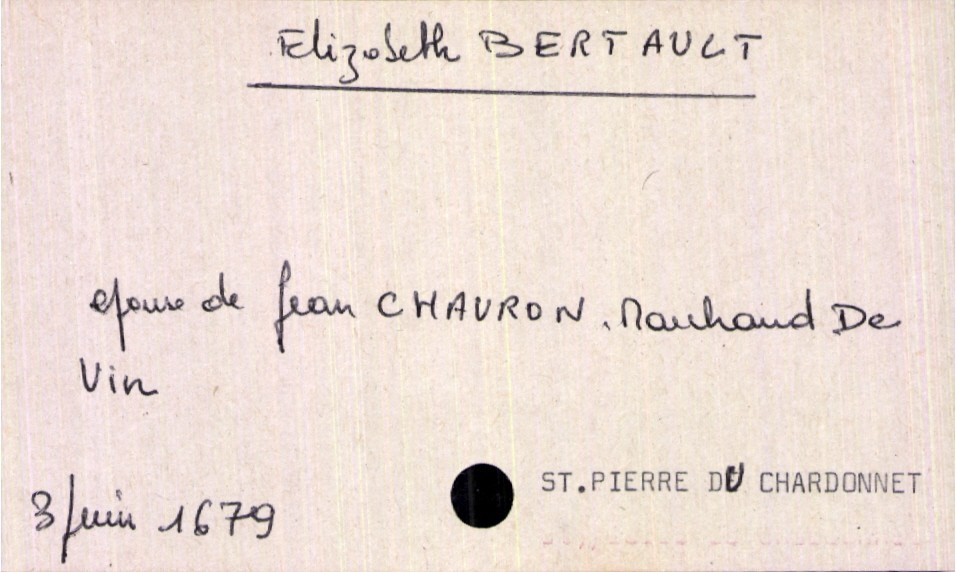
type_acte: Décès
année: 1679
mois: juin
jour: 3
paroisse: Saint Pierre du Chardonnet
défunt_nom: Bertault
défunt_prénom: Elizabeth
défunt_sexe: F
défunt_statut: marié(e)